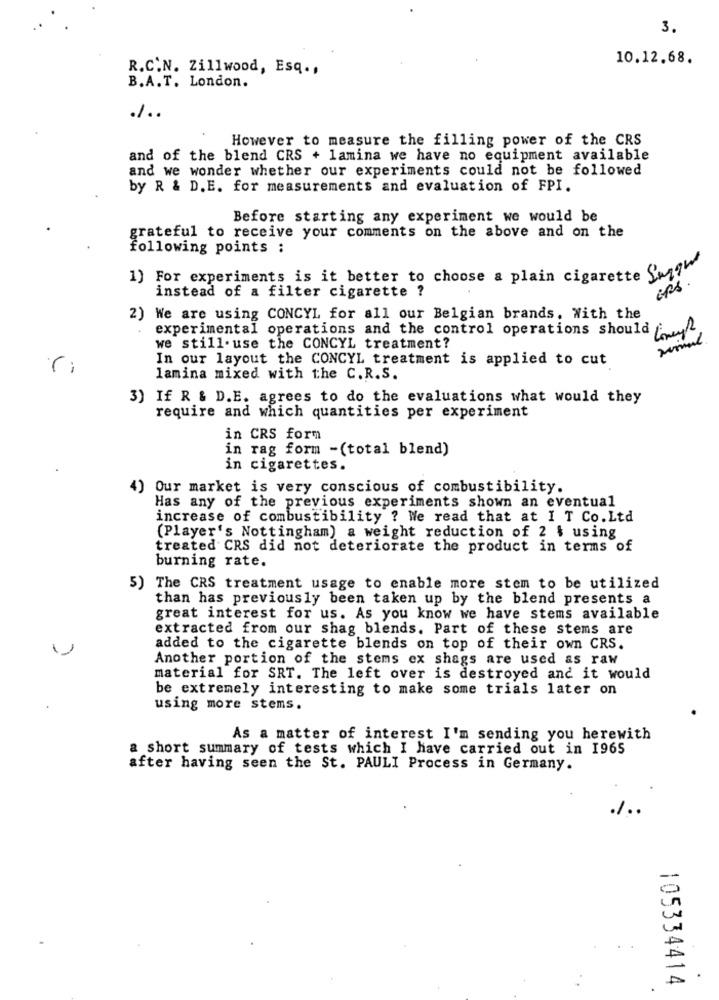
3.
10.12.68.
R.C.N. Zillwood, Esq .,
B.A.T. London.
./ ..
However to measure the filling power of the CRS
and of the blend CRS + lamina we have no equipment available
and we wonder whether our experiments could not be followed
by R & D.E. for measurements and evaluation of FPI.
Before starting any experiment we would be
grateful to receive your comments on the above and on the
following points ;
1) For experiments is it better to choose a plain cigarette fast
instead of a filter cigarette ?
2) We are using CONCYL for all our Belgian brands. With the
experimental operations and the control operations should
we still. use the CONCYL treatment?
In our layout the CONCYL treatment is applied to cut
ri
lamina mixed with the C.R.S.
3) If R & D.E. agrees to do the evaluations what would they
require and which quantities per experiment
in CRS form
in rag form -(total blend)
in cigarettes.
4) Our market is very conscious of combustibility.
Has any of the previous experiments shown an eventual
increase of combustibility ? We read that at I T Co. Ltd
(Player's Nottingham) a weight reduction of 2 $ using
treated CRS did not deteriorate the product in terms of
burning rate.
5) The CRS treatment usage to enable more stem to be utilized
than has previously been taken up by the blend presents a
great interest for us. As you know we have stems available
extracted from our shag blends. Part of these stems are
1
added to the cigarette blends on top of their own CRS.
Another portion of the stems ex shags are used as raw
material for SRT. The left over is destroyed and it would
be extremely interesting to make some trials later on
using more stems.
As a matter of interest I'm sending you herewith
a short summary of tests which I have carried out in 1965
after having seen the St. PAULI Process in Germany.
./ ..
105334414